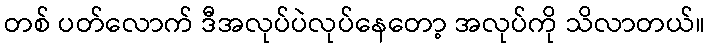
တစ် ပတ်လောက် ဒီအလုပ်ပဲလုပ်နေတော့ အလုပ်ကို သိလာတယ်။